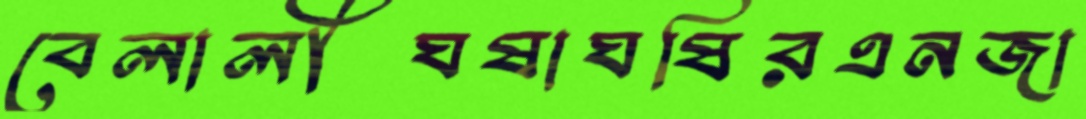
বেলালীঘষাঘষিরএনজা